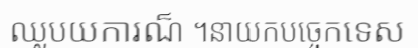
ឈ្លបយការណ៏ ។នាយកបច្ចេកទេស